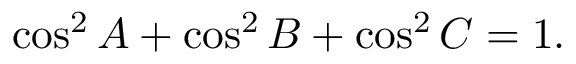
\displaystyle \cos ^ { 2 } { A } + \cos ^ { 2 } { B } + \cos ^ { 2 } { C } = 1 .